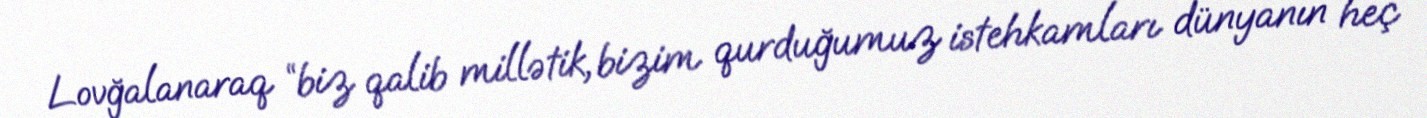
Lovğalanaraq “biz qalib millətik, bizim qurduğumuz istehkamları dünyanın heç